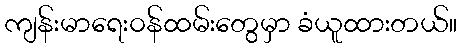
ကျန်းမာရေး၀န်ထမ်းတွေမှာ ခံယူထားတယ်။